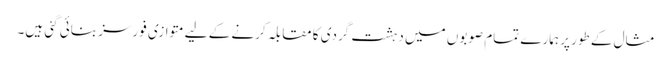
مثال کے طور پر ہمارے تمام صوبوں میں دہشت گردی کا مقابلہ کرنے کے لیے متوازی فورسز بنائی گئی ہیں۔